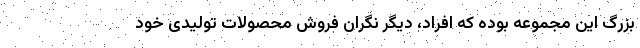
بزرگ این مجموعه بوده که افراد، دیگر نگران فروش محصولات تولیدی خود